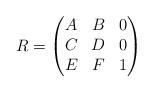
LaTeX: \begin{align*}R=\begin{pmatrix}A&B&0\\C&D&0\\E&F&1\end{pmatrix}\end{align*}